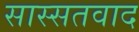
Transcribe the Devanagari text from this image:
सास्सतवाद